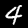
Label: 4